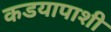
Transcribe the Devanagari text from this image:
कडयापाशी